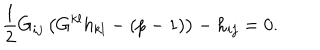
LaTeX: \frac { 1 } { 2 } G _ { i j } \left( G ^ { k l } h _ { k l } - ( p - 1 ) \right) - h _ { i j } = 0 .